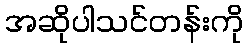
အဆိုပါသင်တန်းကို